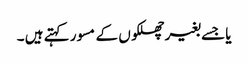
یا جسے بغیر چھلکوں کے مسور کہتے ہیں ۔